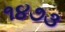
૧૪૭૩